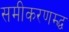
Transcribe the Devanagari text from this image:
समीकरणम्द्ध